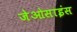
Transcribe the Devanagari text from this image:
जेओसाइंस